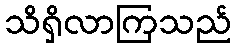
သိရှိလာကြသည်